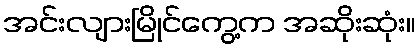
အင်းလျားမြိုင်ကွေ့က အဆိုးဆုံး။